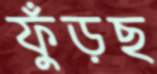
ফুঁড়ছ